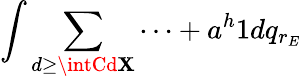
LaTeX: \int\sum\limits_{d\geq\intCd\mathbf{X}}\cdots+a^{h}1dq_{r_{E}}